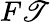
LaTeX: F\mathscr{T}